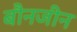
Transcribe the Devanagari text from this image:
बौनजीन